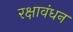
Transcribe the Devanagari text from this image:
रक्षावंधन